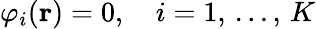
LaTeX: \displaystyle\varphi_{i}(\mathbf{r})=0,\quad i=1,\, \ldots,\, K